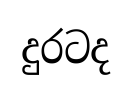
දුරටද